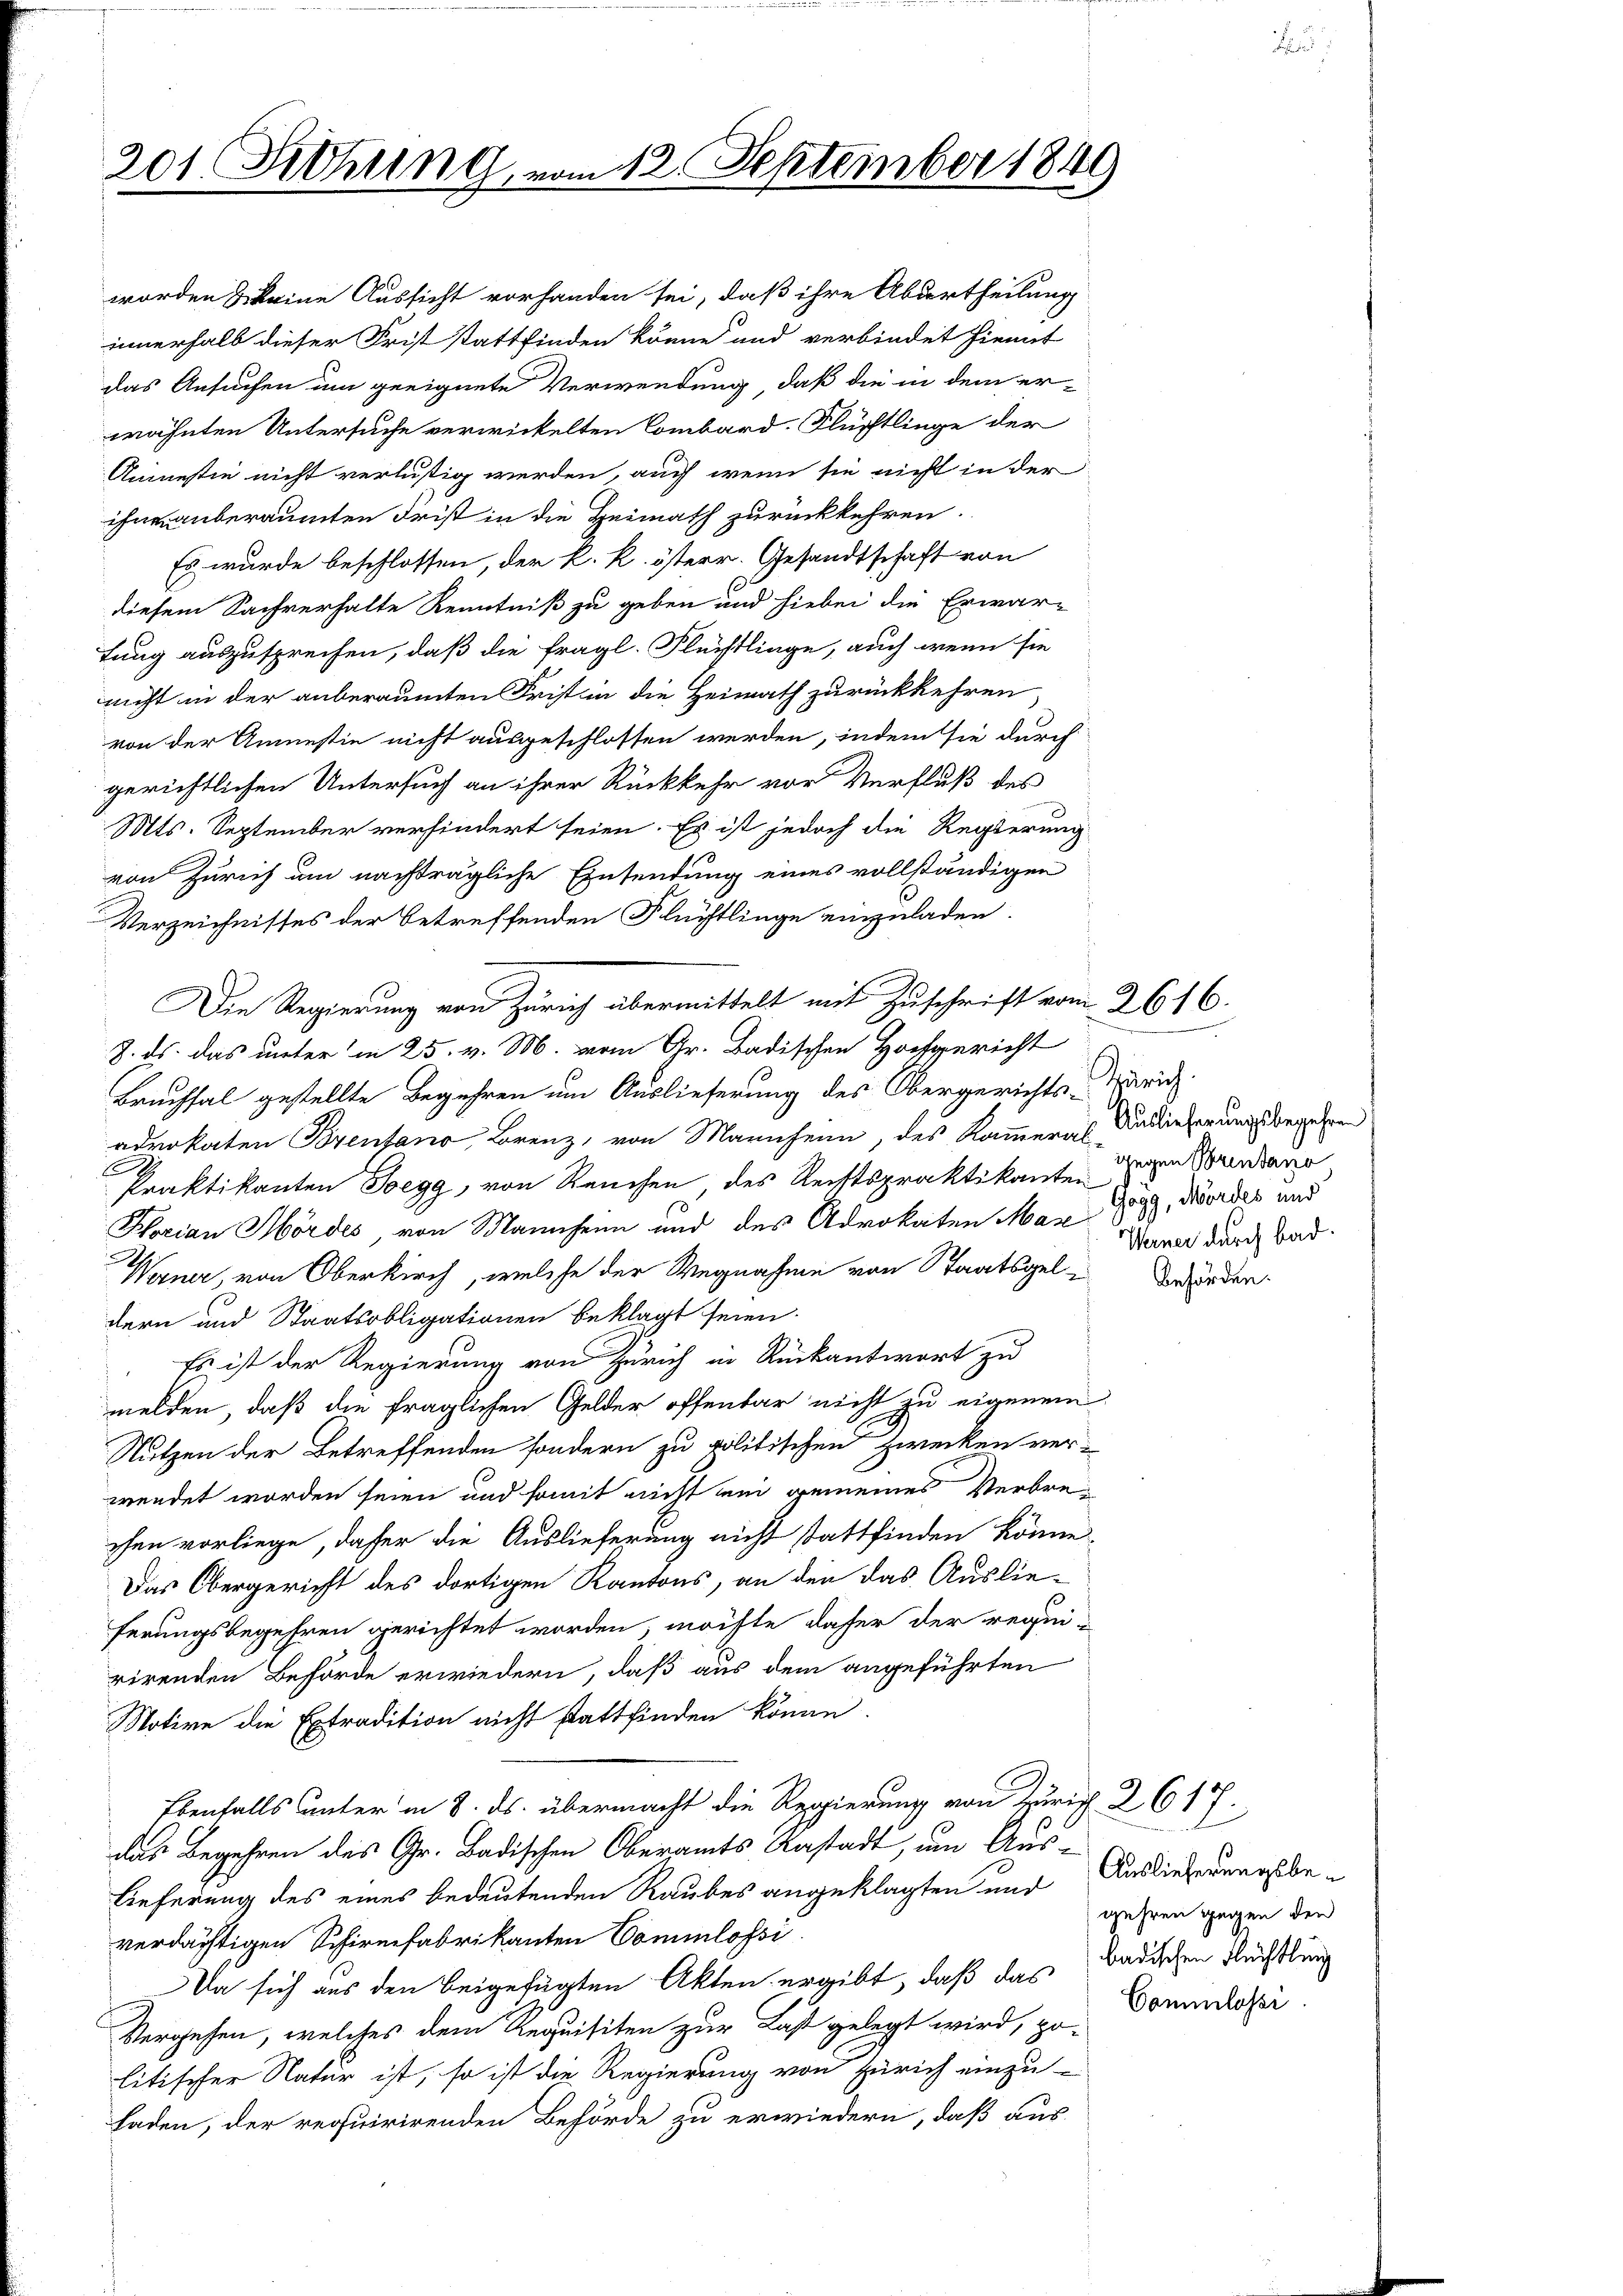
201. Sitzung, vom 12. September 1849

Es wurde beschlossen, der k. k. österr. Gesandtschaft von
diesem Sachverhalte Kenntniß zu geben und hiebei die Erwar-
tung auszusprechen, daß die fragl. Flüchtlinge, auch wenn sie
nicht in der anberaumten Frist in die Heirath zurückkehren
von der Annestie nicht ausgeschlossen werden, indem sie durch
gerichtlichen Untersuch an ihrer Rückkehr vor Verfluß des
Mts. September verhindert seien. Es ist jedoch die Regierung
von Zürich um nachträgliche Einsendung eines vollständigen
Verzeichnisses der betreffenden Flüchtlinge einzuladen.
Die Regierung von Zürich übermittelt mit Zuschrift vom 2616.
Z. ds. das unter in 25. v. M. vom Gr. Badischen Hochgericht
Bruchsal gestellte Begehren um Auslieferung des Obergerichts-Märid.
adrokaten Brentano, Brenz, von Mariechenn, des Kammerals Auslieferungsbegehren
E
Praktikanten Bregg, von Reuchen, des Rechtspraktikanton den Brandaue
Hlorian Hördes, von Mannheim und des Advokaten May 1899, wordes und
Werner, von Oberkirch, welche der Wegnahme von Staatsgeldern und Staatsobligationen beklagt seien.
 Es ist der Regierung von Zürich in Rückantwort zu
melden, daß die fraglichen Gelder offenbar nicht zu eigenem
Nutzen der Betreffenden sondern zu politischen Zwecken verwendet worden seien und somit nicht en gemeines Verbrechen vorliege, daher die Auslieferung nicht stattfinden könne.
Das Obergericht des dortigen Kantons, an den das Auslieferungsbegehren gerichtet worden, möchte dafür der requirirenden Behörde erwiedern, daß aus dem angeführten
Motive die Extradition nicht stattfinden könne.
Ebenfalls unter in 8. ds. übermacht die Regierung von Zürich. 2617.
das Begehren des Gr. Badischen Oberamts Anstadt, um Auslieferung des eines bedeutenden Raubes angeklagten nur Ausliederungsbeverdächtigen Schirmfabrikanten Commlossi
Da sich aus den beigefügten Akten ergibt, daß das
Vergehen, welches dem Requisiten zur Last gelegt wird, po-
litischer Natur ist, so ist die Regierung von Zürich einzu
laden, der requirirenden Behörde zu erwiedern, daß aus

worden & keine Aussicht vorhanden sei, daß ihre Aburtheilung
innerhalb dieser Frist stattfinden könne und verbindet hiemit
das Ansuchen um geeignete Verwendung, daß die in dem er-
wähnten Untersuche verwickelten Combard. Flüchtlinge der
Aninestie nicht verlustig werden, auch wenn sie nicht in der
ihnen anberaumten Frist in die Heimath zurückkehren.

Werner durch bad.

Behörden.

gehren gegen den
badischen Flüchtlung
Commlosse